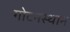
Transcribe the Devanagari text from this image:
गोटनस्थान